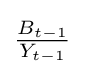
{\textstyle {\frac {B_{t-1}}{Y_{t-1}}}}